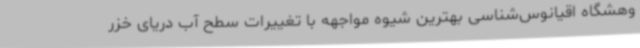
وهشگاه اقیانوس‌شناسی بهترین شیوه مواجهه با تغییرات سطح آب دریای خزر